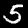
Label: 5